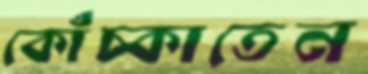
কোঁচ্‌কাতেন